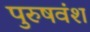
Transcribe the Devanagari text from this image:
पुरुषवंश